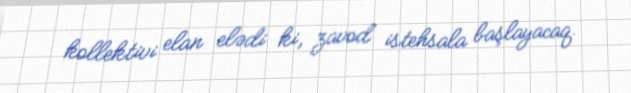
kollektivi elan elədi ki, zavod istehsala başlayacaq.